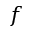
f